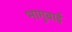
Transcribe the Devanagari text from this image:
भागुबाई